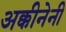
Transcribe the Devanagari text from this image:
अक्कीनेनी